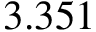
3 . 3 5 1